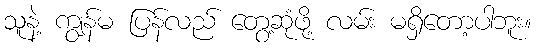
သူနဲ့ ကျွန်မ ပြန်လည် တွေ့ဆုံဖို့ လမ်း မရှိတော့ပါဘူး။